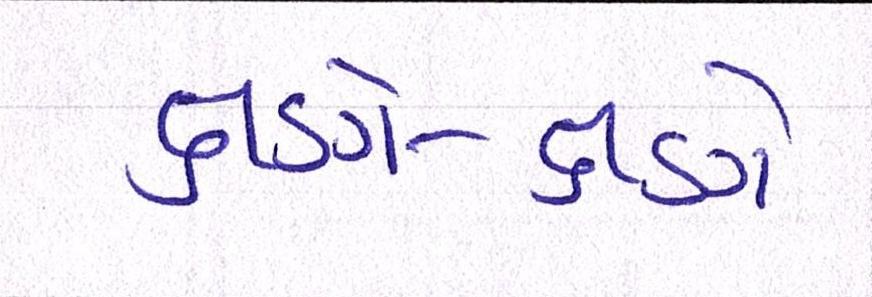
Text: ક્ષણે-ક્ષણે